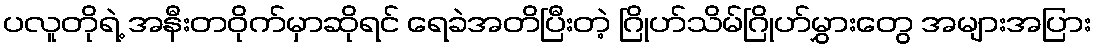
ပလူတိုရဲ့ အနီးတဝိုက်မှာဆိုရင် ရေခဲအတိပြီးတဲ့ ဂြိုဟ်သိမ်ဂြိုဟ်မွှားတွေ အများအပြား